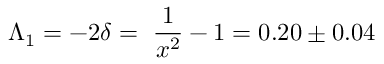
\Lambda _ { 1 } = - 2 \delta = ~ \frac { 1 } { x ^ { 2 } } - 1 = 0 . 2 0 \pm 0 . 0 4